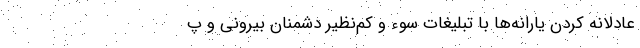
عادلانه کردن یارانه‌ها با تبلیغات سوء و کم‌نظیر دشمنان بیرونی و پ